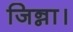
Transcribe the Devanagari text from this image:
जिन्ना।